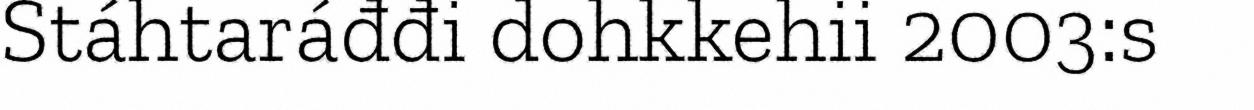
Stáhtaráđđi dohkkehii 2003:s